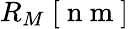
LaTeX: R_{M}\ [\mathrm{~n~m~}]